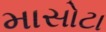
માસોટા